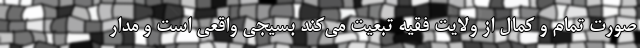
صورت تمام و کمال از ولایت فقیه تبعیت می‌کند بسیجی واقعی است و مدار